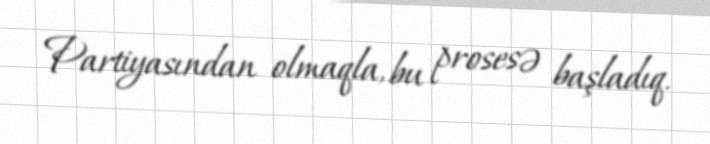
Partiyasından olmaqla, bu prosesə başladıq.